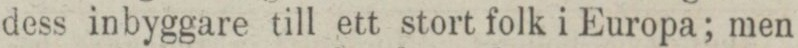
dess inbyggare till ett stort folk i Europa; men